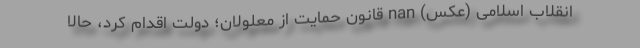
انقلاب اسلامی (عکس) nan قانون حمايت از معلولان؛ دولت اقدام كرد، حالا